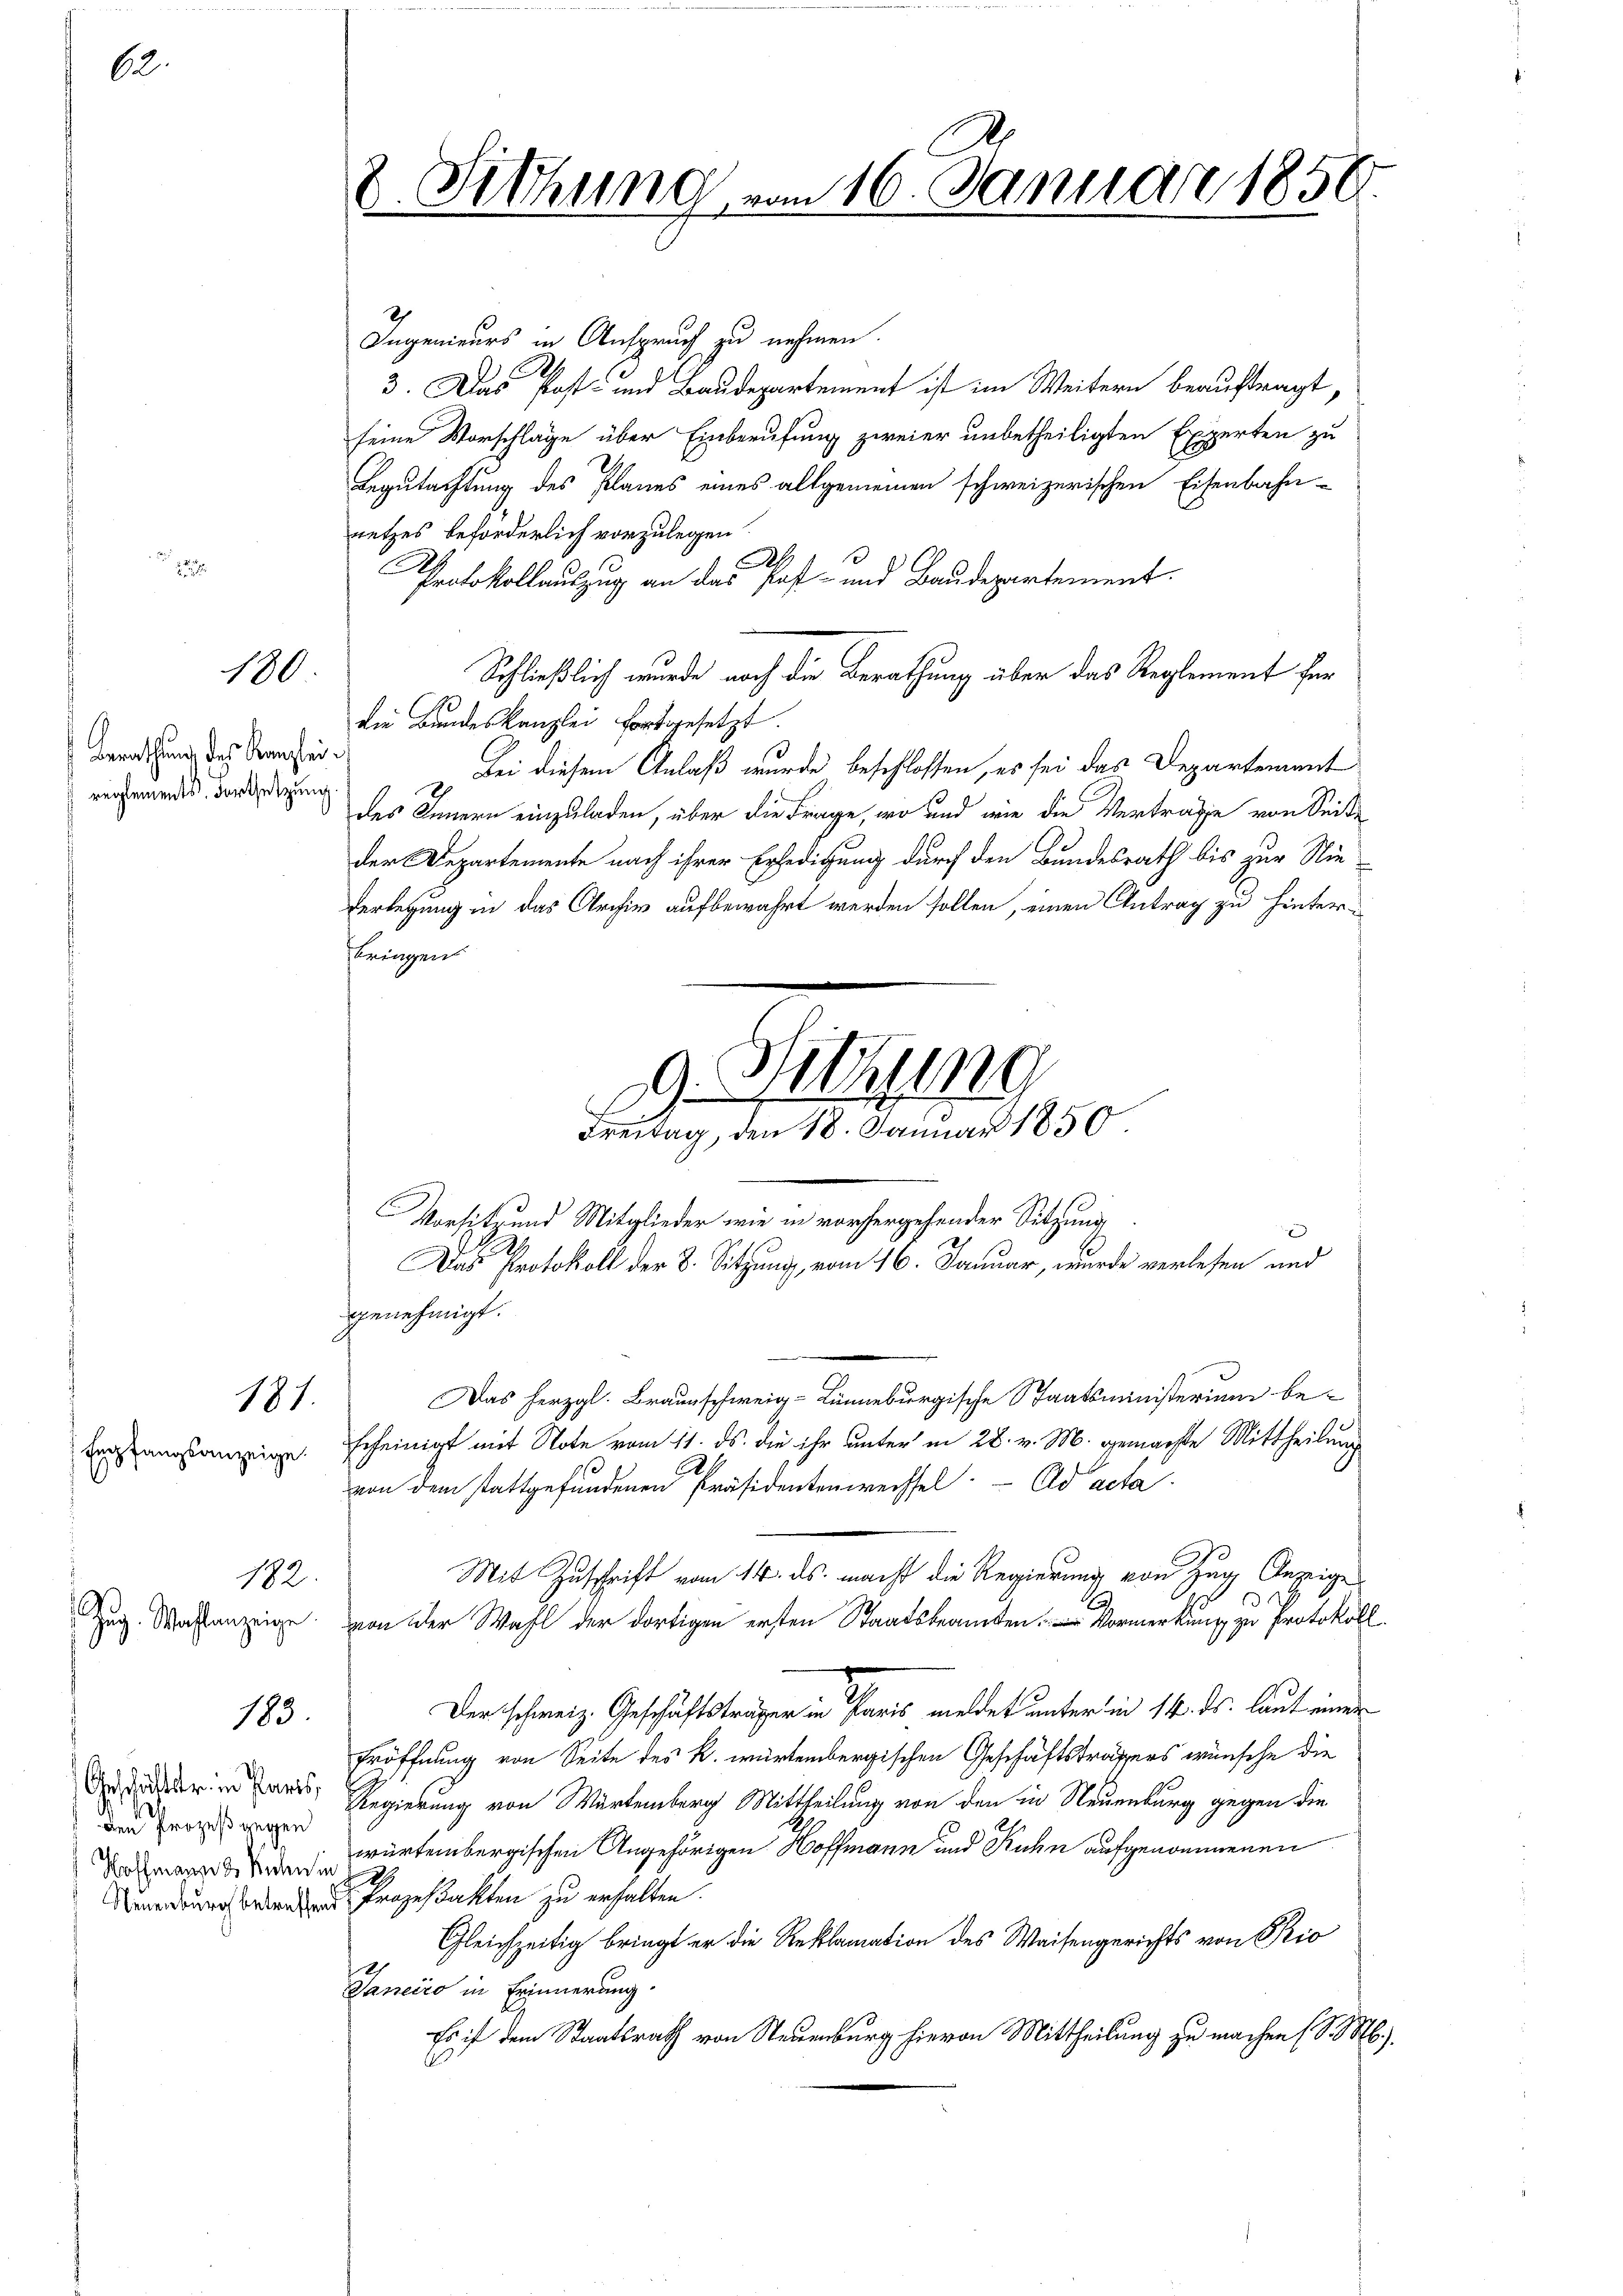
62.

180

Berathung des Kanzlei
reglements, Fortsetzung

131.

Empfangsanzeige.

183

Geschäftster in Paris
Den Prozeß gegen
Hoffmannes Rechni
Neuenburg betreffen

182.
Zug. Wahlanzeige

2 Fithung vom 16. Januar 1850.

Er
Ingenieurs in Anspruch zu nehmen.
3. Das Post- und Baudepartement ist im Weitern beauftragt,
seine Vorschläge über Einberufung zweier unbetheiligten Experten zu
Begutachtung des Planes eines allgemeinen schweizerischen Eisenbahn-
netzes beforderlich vorzulegen
Protokollauszug an das Post- und Baudepartement.
Schließlich wurde noch die Berathung über das Reglement für
die Bundeskanzlei fortgesetzt
Bei diesem Anlaß wurde beschlossen, es sei das Departement
f
des Innern einzuladen, über die Frage, wo und wie die Vertrage von Seite
der Departemente nach ihrer Erledigung durch den Bundesrath bis zur Nie
Verlegung in das Archiv aufbewahrt werden sollen, einen Antrag zu hinterbringen
genehmigt.
Das herzgl. Braunschweig-Lunneburgische Staatsministerium be-
Echeinigt mit Note vom 11. ds. die ihr unter in 28. v. M. gemachte Mittheilung
24
von dem stattgefundenen Präsidentenwechsel ad acta
Mit Zuschrift vom 14. ds. macht die Regierung von Zug Anzeige
h
.
 von der Wahl der dortigen ersten Staatsbeamten Vormerkung zu Protokoll
Der schweiz. Geschäftsträger in Paris meldet unter in 14. ds. laut einen
Eröffnung von Seite des k. würtembergischen Geschäftstrassers wünsche die
Regierung von Wartemberg Mittheilung von den in Neuenburg gegen die
würtembergischen Angehörigen Hoffmann und Kuhn aufgenommenen
Prozeßakten zu erhalten.
Gleichzeitig bringt er die Reklamation des Waisengerichts von Pio
Janeiro in Erinnerung.
Es ist dem Staatsrath von Steuenburg hievon Mittheilung zu machen (S. S.

d. Sitzung
Vorsitz und Mitglieder wie in vorhergehender Sitzung
Das Protokoll der 8. Sitzung, vom 16. Januar, wurde verlesen und

Freitag, den 18. Januar 1850